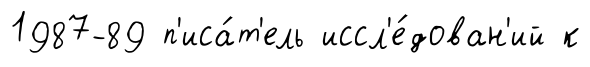
1987-89 п'иса́т'ель иссл'е́дован'ий к